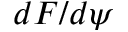
d F / d \psi